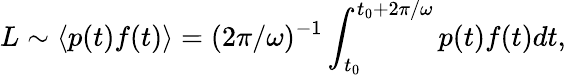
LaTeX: L\sim\langle p(t)f(t)\rangle=(2\pi/\omega)^{-1}\int_{t_{0}}^{t_{0}+2\pi/\omega}p(t)f(t)dt,